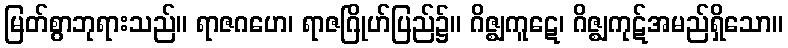
မြတ်စွာဘုရားသည်။ ရာဇဂဟေ၊ ရာဇဂြိုဟ်ပြည်၌။ ဂိဇ္ဈကူဋေ၊ ဂိဇ္ဈကုဋ်အမည်ရှိသော။